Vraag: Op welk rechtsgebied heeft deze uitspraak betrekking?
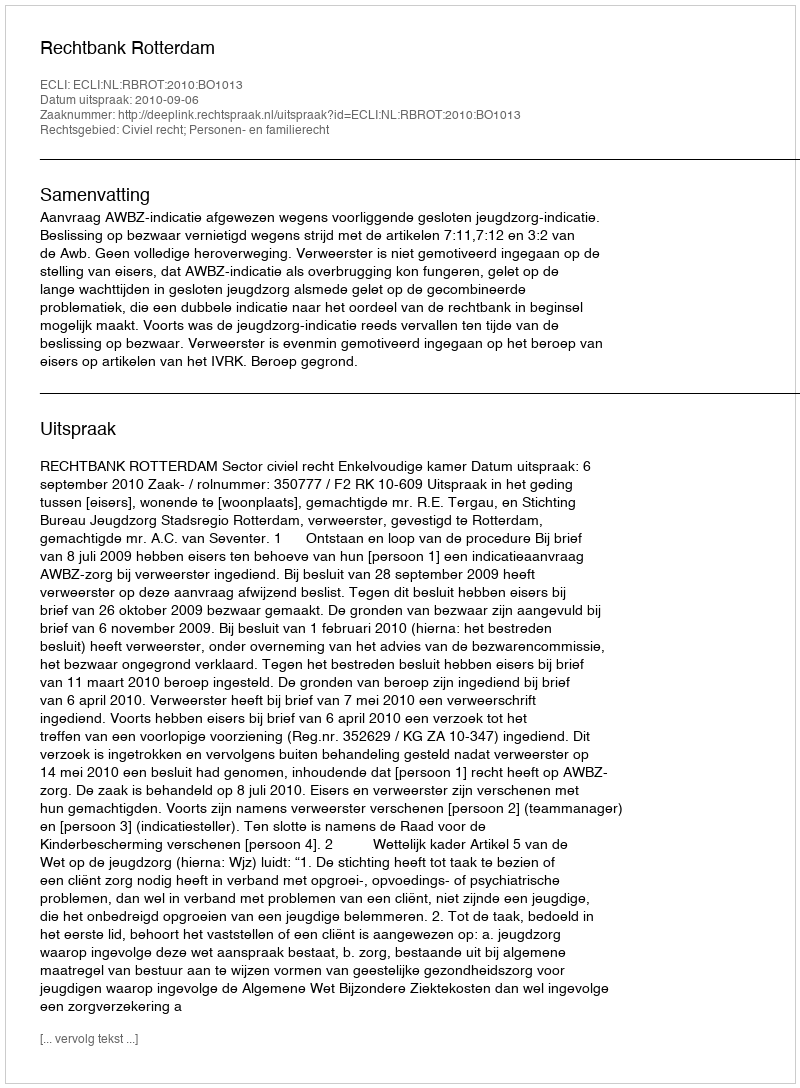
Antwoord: Civiel recht; Personen- en familierecht